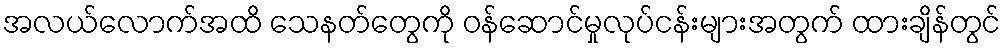
အလယ်လောက်အထိ သေနတ်တွေကို ဝန်ဆောင်မှုလုပ်ငန်းများအတွက် ထားချိန်တွင်